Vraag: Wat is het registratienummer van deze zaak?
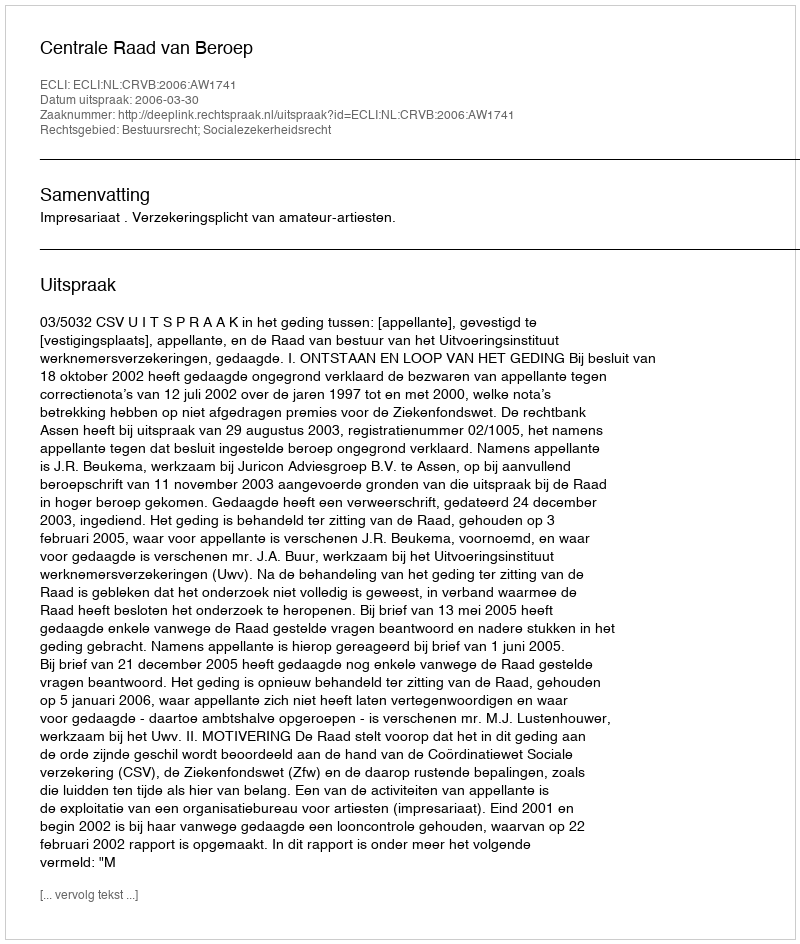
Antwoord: http://deeplink.rechtspraak.nl/uitspraak?id=ECLI:NL:CRVB:2006:AW1741